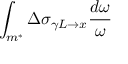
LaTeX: \int _ { m ^ { * } } \Delta \sigma _ { \gamma L \rightarrow x } \frac { d \omega } { \omega }